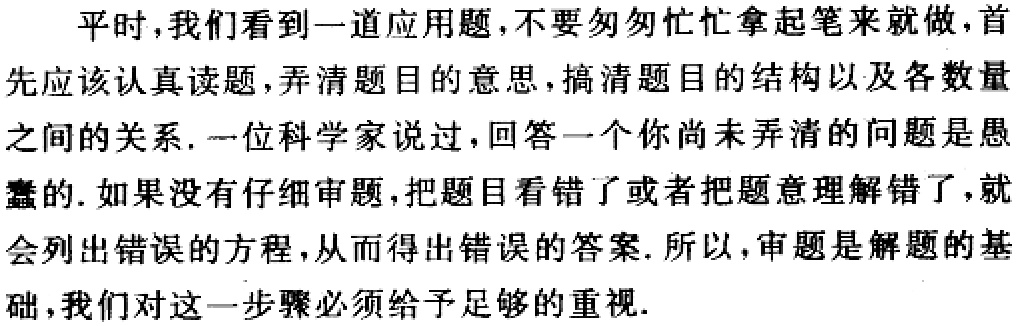
平时，我们看到一道应用题，不要匆匆忙忙拿起笔来就做，首先应该认真读题，弄清题目的意思，搞清题目的结构以及各数量之间的关系. 一位科学家说过，回答一个你尚未弄清的问题是愚蠢的. 如果没有仔细审题，把题目看错了或者把题意理解错了，就会列出错误的方程，从而得出错误的答案. 所以，审题是解题的基础，我们对这一步骤必须给予足够的重视.